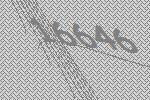
16646